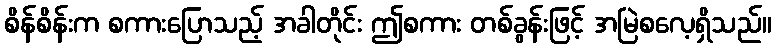
စိန်စိန်းက စကားပြောသည့် အခါတိုင်း ဤစကား တစ်ခွန်းဖြင့် အမြဲစလေ့ရှိသည်။